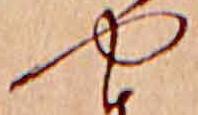
や